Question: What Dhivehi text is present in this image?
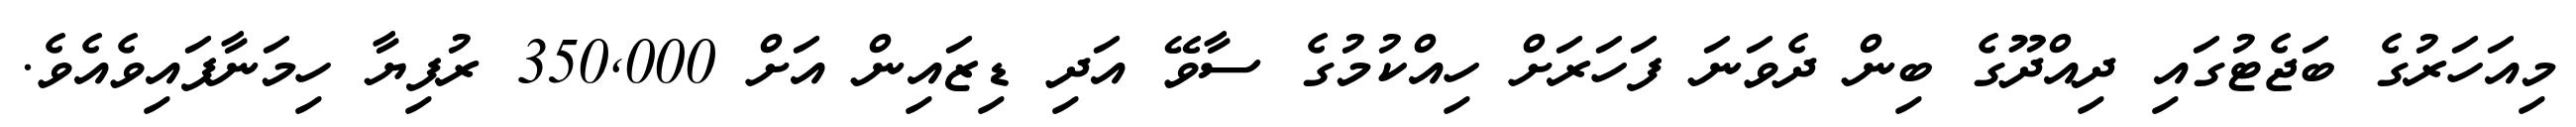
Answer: މިއަހަރުގެ ބަޖެޓުގައި ދިއްދޫގެ ބިން ދެވަނަ ފަހަރަށް ހިއްކުމުގެ ސާވޭ އަދި ޑިޒައިން އަށް 350,000 ރުފިޔާ ހިމަނާފައިވެއެވެ.